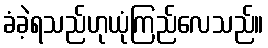
ခံခဲ့ရသည်ဟုယုံကြည်လေသည်။